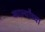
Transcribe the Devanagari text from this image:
कार्ल्यांच्या